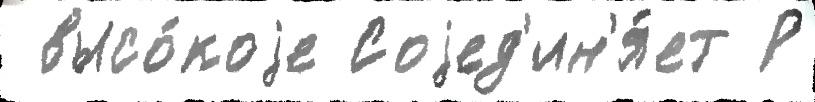
 высо́коjе Соjед'ин'я́ет Р